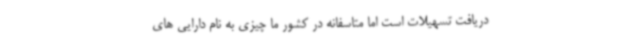
دریافت تسهیلات است اما متاسفانه در کشور ما چیزی به نام دارایی های